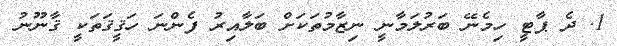
1. ދެ ޕާޓީ ހިމެނޭ ބަރުލަމާނީ ނިޒާމުތަކަށް ބަލާއިރު ފެންނަ ހަޤީޤަތަކީ ޤާނޫނު